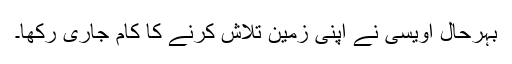
بہرحال اویسی نے اپنی زمین تلاش کرنے کا کام جاری رکھا۔